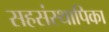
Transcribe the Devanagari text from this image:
सहसंस्थापिका